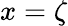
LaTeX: x=\zeta